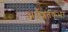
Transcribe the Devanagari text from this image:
अर्धशतकभर